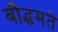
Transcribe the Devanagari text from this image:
बौद्धमते